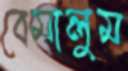
বেমালুম